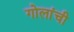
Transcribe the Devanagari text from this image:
गोलांची